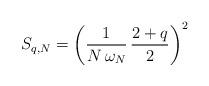
LaTeX: \begin{align*}S_{q,N}=\left(\frac{1}{N\,\omega_N}\, \frac{2+q}{2}\right)^2\end{align*}